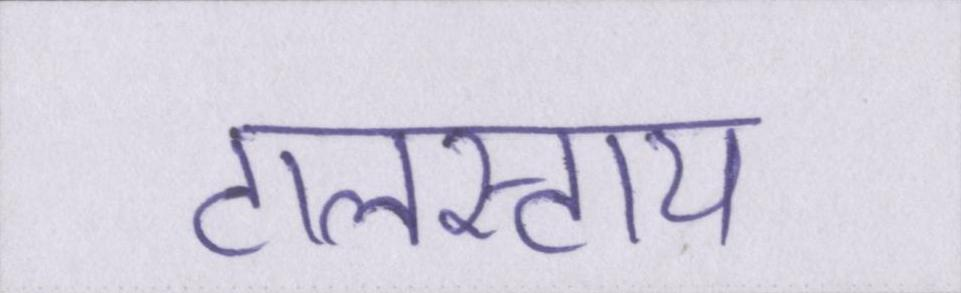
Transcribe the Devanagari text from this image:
टालस्टाय